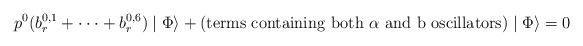
\begin{align*}p^{0} (b_{r}^{0,1} + \cdot \cdot \cdot + b_{r}^{0,6})\mid \Phi \rangle + {\rm (terms~containing~both~\alpha~and~b~oscillators)} \mid \Phi\rangle = 0\end{align*}